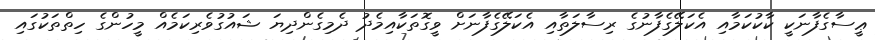
ޢީސާގެފާނަކީ ކާކުކަމާއި އެކަލޭގެފާނުގެ ރިސާލަތާއި އެކަލޭގެފާނަށް ވީގޮތަކާއިމެދު ދެމިގެންދިޔަ ޝައުގުވެރިކަމެއް މީހުންގެ ހިތްތަކުގައި